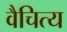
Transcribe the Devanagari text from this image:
वैचित्य